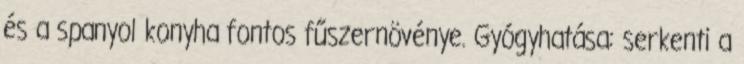
és a spanyol konyha fontos fűszernövénye. Gyógyhatása: serkenti a